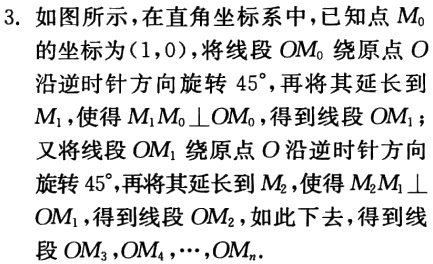
3. 如图所示，在直角坐标系中，已知点\(M_{0}\)的坐标为\((1,0)\)，将线段\(OM_{0}\)绕原点\(O\)沿逆时针方向旋转\(45^{\circ}\)，再将其延长到\(M_{1}\)，使得\(M_{1}M_{0}\perp OM_{0}\)，得到线段\(OM_{1}\)；又将线段\(OM_{1}\)绕原点\(O\)沿逆时针方向旋转\(45^{\circ}\)，再将其延长到\(M_{2}\)，使得\(M_{2}M_{1}\perp OM_{1}\)，得到线段\(OM_{2}\)，如此下去，得到线段\(OM_{3},OM_{4},\cdots,OM_{n}\)。